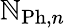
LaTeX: \mathbb{N}_{\mathrm{{Ph}},n}